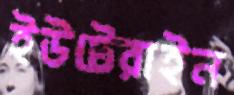
ইউটেরাইন